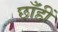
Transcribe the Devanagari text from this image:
छाँहीं